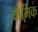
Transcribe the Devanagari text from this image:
चार्मिक